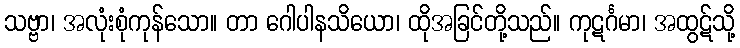
သဗ္ဗာ၊ အလုံးစုံကုန်သော။ တာ ဂေါပါနသိယော၊ ထိုအခြင်တို့သည်။ ကုဋင်္ဂမာ၊ အထွဋ်သို့